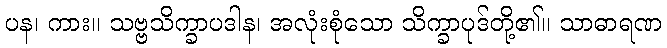
ပန၊ ကား။ သဗ္ဗသိက္ခာပဒါန၊ အလုံးစုံသော သိက္ခာပုဒ်တို့၏။ သာဓာရဏ